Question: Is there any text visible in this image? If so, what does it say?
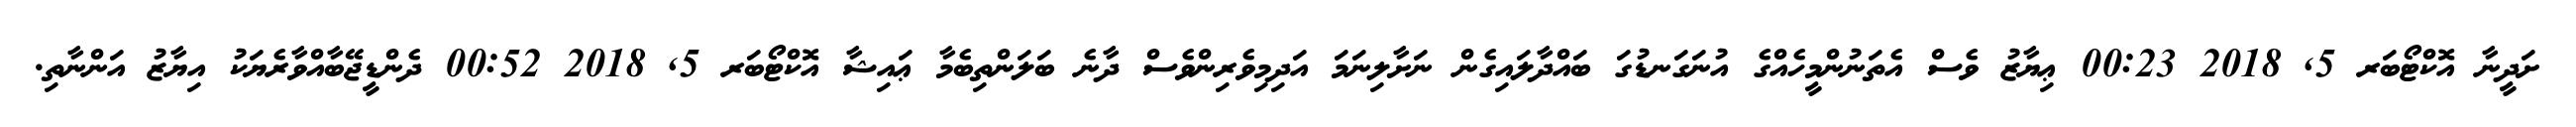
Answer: ށަދީނާ އޮކްޓޯބަރ 5, 2018 00:23 ޢިޔާޒު ވެސް އެތަނުންމީހެއްގެ އުނަގަނޑުގަ ބައްދާލައިގެން ނަށާލިނަމަ އަދިމިވެރިންވެސް ދާނެ ބަލަންތިބެމާ ޢައިޝާ އޮކްޓޯބަރ 5, 2018 00:52 ދެންޑީޖޭބާއްވާރެޔަކު އިޔާޒު އަންނާތި.